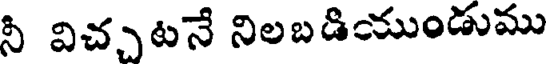
నీ విచ్చటనే నిలబడియుండుము